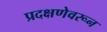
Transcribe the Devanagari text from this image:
प्रदक्षणेवरून